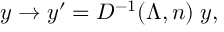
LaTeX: y \rightarrow y ^ { \prime } = { D ^ { - 1 } ( \Lambda , n ) } \; y ,